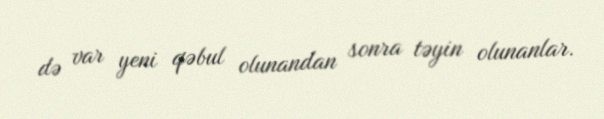
də var yeni qəbul olunandan sonra təyin olunanlar.